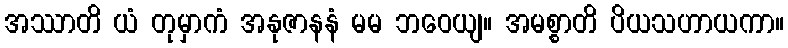
အဿာတိ ယံ တုမှာကံ အနုဇာနနံ မမ ဘဝေယျ။ အမစ္စာတိ ပိယသဟာယကာ။